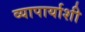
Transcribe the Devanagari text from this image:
व्यापार्याशी